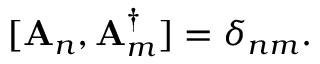
[ { \bf A } _ { n } , { \bf A } _ { m } ^ { \dag } ] = \delta _ { n m } .